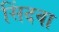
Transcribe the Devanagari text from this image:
सिंदवा